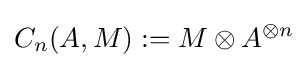
C_{n}(A,M):=M\otimes A^{\otimes n}